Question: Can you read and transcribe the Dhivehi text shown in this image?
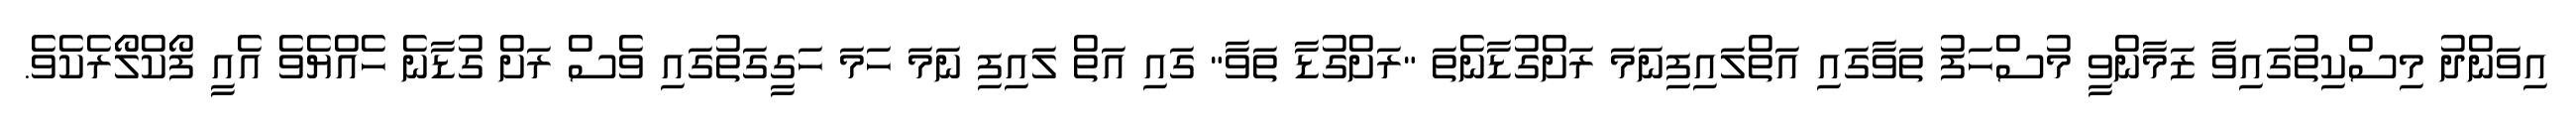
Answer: އިވަންދު މިސްކިތުގައިވާ ޒަމާންވީ މުސްހަފު ތަވާގައި އަތްލައިފިނަމަ ރަށްގުޑާނެތަ "ރަށްގުޑާ ތަވާ" ގައި އަތް ލައިފި ނަމަ ހަމަ ހަގީގަތުގައި ވެސް ރަށް ގުޑާނެ ހެއްޔެވެ އެއީ ފޯކްލޯރެކެވެ.